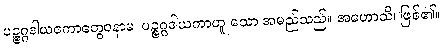
ပဉ္စဂ္ဂဒါယကောတွေဝနာမ၊ ပဉ္စဂ္ဂဒါယကာဟူ သော အမည်သည်။ အဟောသိ၊ ဖြစ်၏။